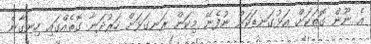
އެ ނޫން ގޮތަކަށް އަޅުގަނޑަކަށް ނުފެނޭ މިކަން ރަނގަޅަށް ހަރުދަނާ ގޮތެއްގައި ހިނގާނެ